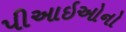
પીઆઇઓનો